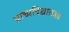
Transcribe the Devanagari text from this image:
प्राच्यविद्यातज्‍ज्ञ